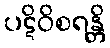
ပဋိဝိစရန္တိ